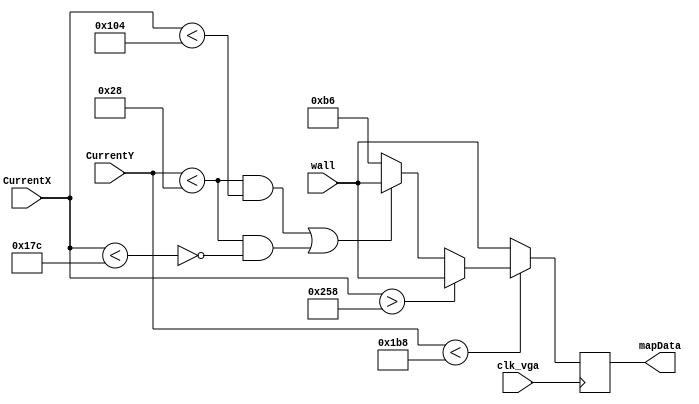
module HallwayTop(clk_vga, CurrentX, CurrentY, mapData, wall);

	input clk_vga;
	input [9:0]CurrentX;
	input [8:0]CurrentY;
	input [7:0]wall;
	
	output [7:0]mapData;
	
	reg [7:0]mColor;
	
	always @(posedge clk_vga) begin

		if(~(CurrentY < 440)) begin
			mColor[7:0] <= wall;
		end
		else if(CurrentX > 600)begin
			mColor[7:0] <= wall;
		end
		else if(((CurrentY < 40) && (CurrentX < 260)) || ((CurrentY < 40) && ~(CurrentX < 380))) begin
			mColor[7:0] <= wall;
		end else
			mColor[7:0] <= 8'b10110110;
			
	end
	
	
	assign mapData = mColor;


endmodule